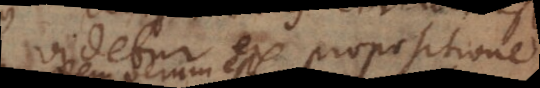
videtur ex propositione